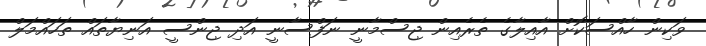
ވަކިން ހާއްސަކޮށް އާއިލާގެ ތެރެއިން ޖިސްމާނީ ނަފްސާނީ އަދި ޖިންސީ އަނިޔާތައް ތަހައްމަލް